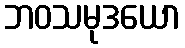
ဘဝသမုဒယော